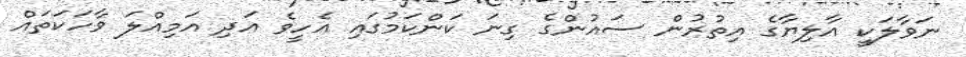
ނަވާލަކީ އާލިޔާގެ އިތުރުން ސައުންގެ ގިނަ ކަންކަމުގައި އެހީވެ އަދި އަމިއްލަ ވާހަކަތައް